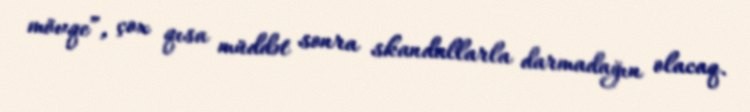
mövqe”, çox qısa müddət sonra skandallarla darmadağın olacaq.